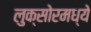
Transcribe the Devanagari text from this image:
लुक्सोरमध्ये